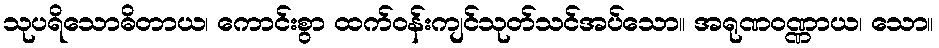
သုပရိသောဓိတာယ၊ ကောင်းစွာ ထက်ဝန်းကျင်သုတ်သင်အပ်သော။ အရုဏဝဏ္ဏာယ၊ သော။